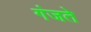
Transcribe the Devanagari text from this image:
गंजते